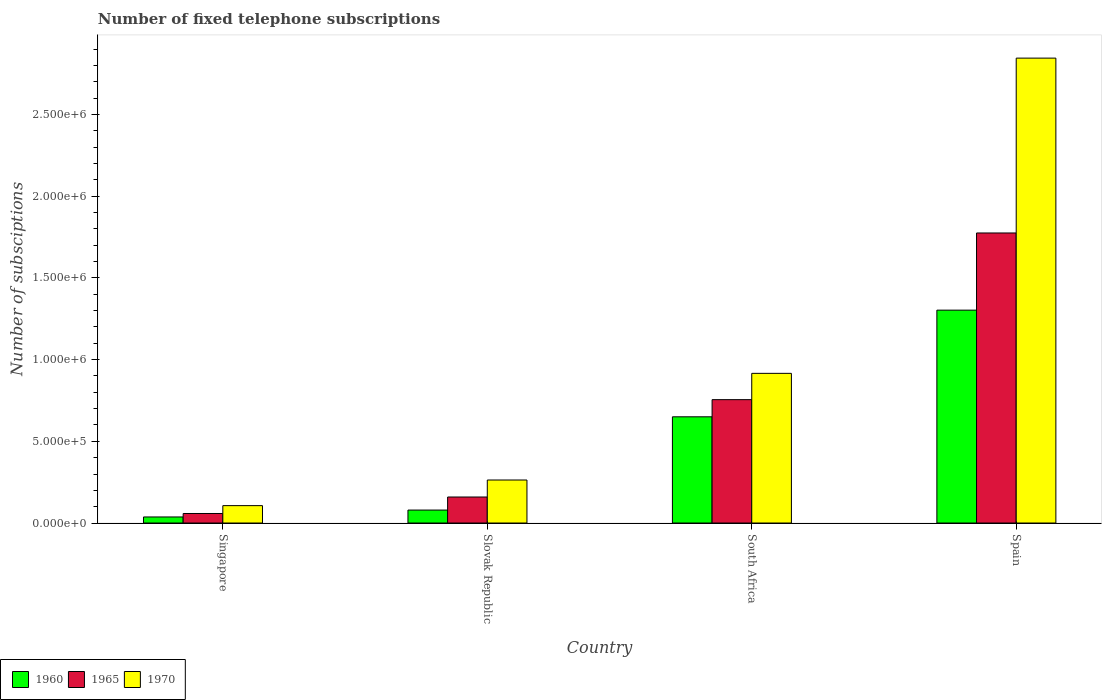
| Country | 1960 | 1965 | 1970 |
 | --- | --- | --- | --- |
 | Singapore | 3.71e+04 | 5.84e+04 | 1.06e+05 |
 | Slovak Republic | 7.93e+04 | 1.59e+05 | 2.63e+05 |
 | South Africa | 6.5e+05 | 7.55e+05 | 9.16e+05 |
 | Spain | 1.3e+06 | 1.78e+06 | 2.84e+06 |